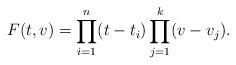
LaTeX: \begin{align*}F(t,v)=\prod_{i=1}^n(t-t_i)\prod_{j=1}^k(v-v_j).\end{align*}